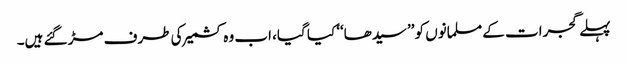
پہلے گجرات کے مسلمانوں کو ’’سیدھا‘‘ کیا گیا، اب وہ کشمیر کی طرف مڑ گئے ہیں۔